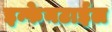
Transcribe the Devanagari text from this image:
इन्फेनटाईल